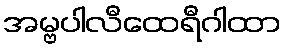
အမ္ဗပါလီထေရီဂါထာ